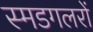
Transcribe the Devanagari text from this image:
स्मडगलरों